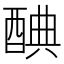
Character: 𨡏